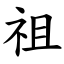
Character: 祖